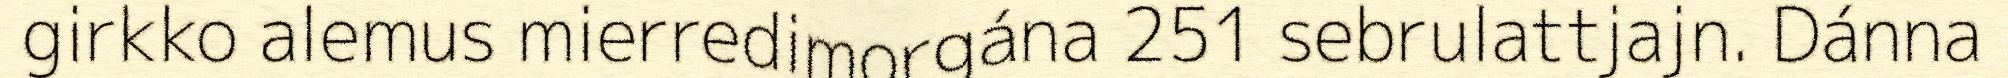
girkko alemus mierredimorgána 251 sebrulattjajn. Dánna